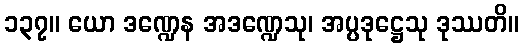
၁၃၇။ ယော ဒဏ္ဍေန အဒဏ္ဍေသု၊ အပ္ပဒုဋ္ဌေသု ဒုဿတိ။